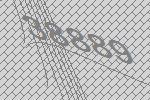
38889